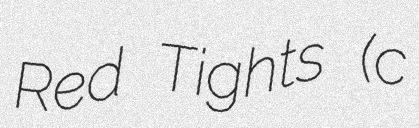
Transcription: Red Tights (c